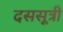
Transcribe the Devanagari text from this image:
दससूत्री